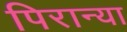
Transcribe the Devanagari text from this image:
पिरान्या